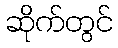
ဆိုက်တွင်